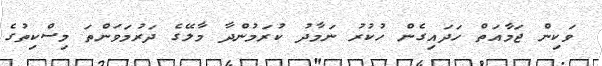
ވަކިން ޖަމާއަތް ހަދައިގެން ހުކުރު ނަމާދު ކުރަމުންދާ މާލޭގެ ދަރުމަވަންތަ މިސްކިތުގެ